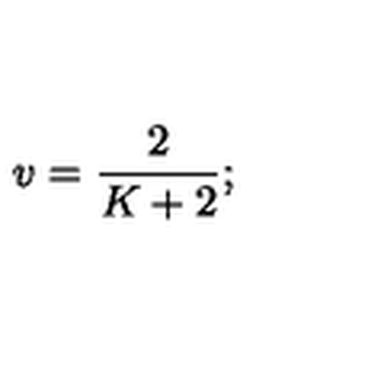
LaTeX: v { } = { } { \frac { 2 } { K + 2 } } { } ;